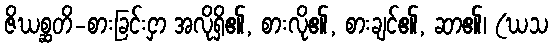
ဇိဃစ္ဆတိ-စားခြင်းငှာ အလိုရှိ၏, စားလို၏, စားချင်၏, ဆာ၏၊ (ဃသ